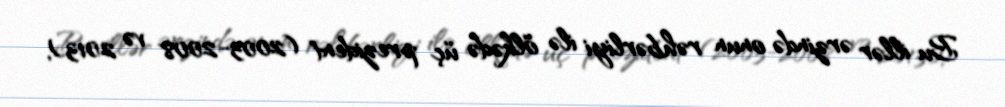
Bu illər ərzində onun rəhbərliyi ilə ölkədə üç prezident (2003-2008 və 2013),